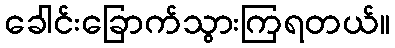
ခေါင်းခြောက်သွားကြရတယ်။